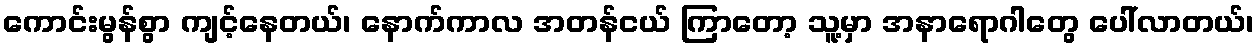
ကောင်းမွန်စွာ ကျင့်နေတယ်၊ နောက်ကာလ အတန်ငယ် ကြာတော့ သူ့မှာ အနာရောဂါတွေ ပေါ်လာတယ်၊